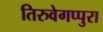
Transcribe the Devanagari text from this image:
तिरुवेगप्पुरा